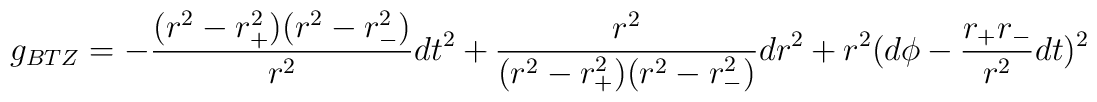
g_{BTZ}= -\frac{(r^2-r_{+}^2)(r^2-r_{-}^2)}{r^2}dt^2+\frac{r^2}{(r^2-r_{+}^2)(r^2-r_{-}^2)}dr^2 + r^2(d\phi -\frac{r_{+}r_{-}}{r^2}dt)^2